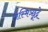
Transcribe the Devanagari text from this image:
तस्मिञ्छूद्रे